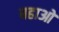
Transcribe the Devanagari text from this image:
बहाओ